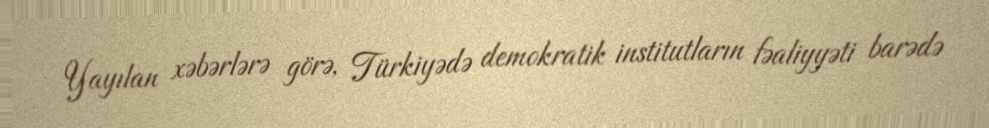
Yayılan xəbərlərə görə, Türkiyədə demokratik institutların fəaliyyəti barədə